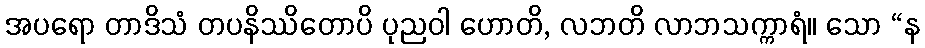
အပရော တာဒိသံ တပနိဿိတောပိ ပုညဝါ ဟောတိ, လဘတိ လာဘသက္ကာရံ။ သော “န